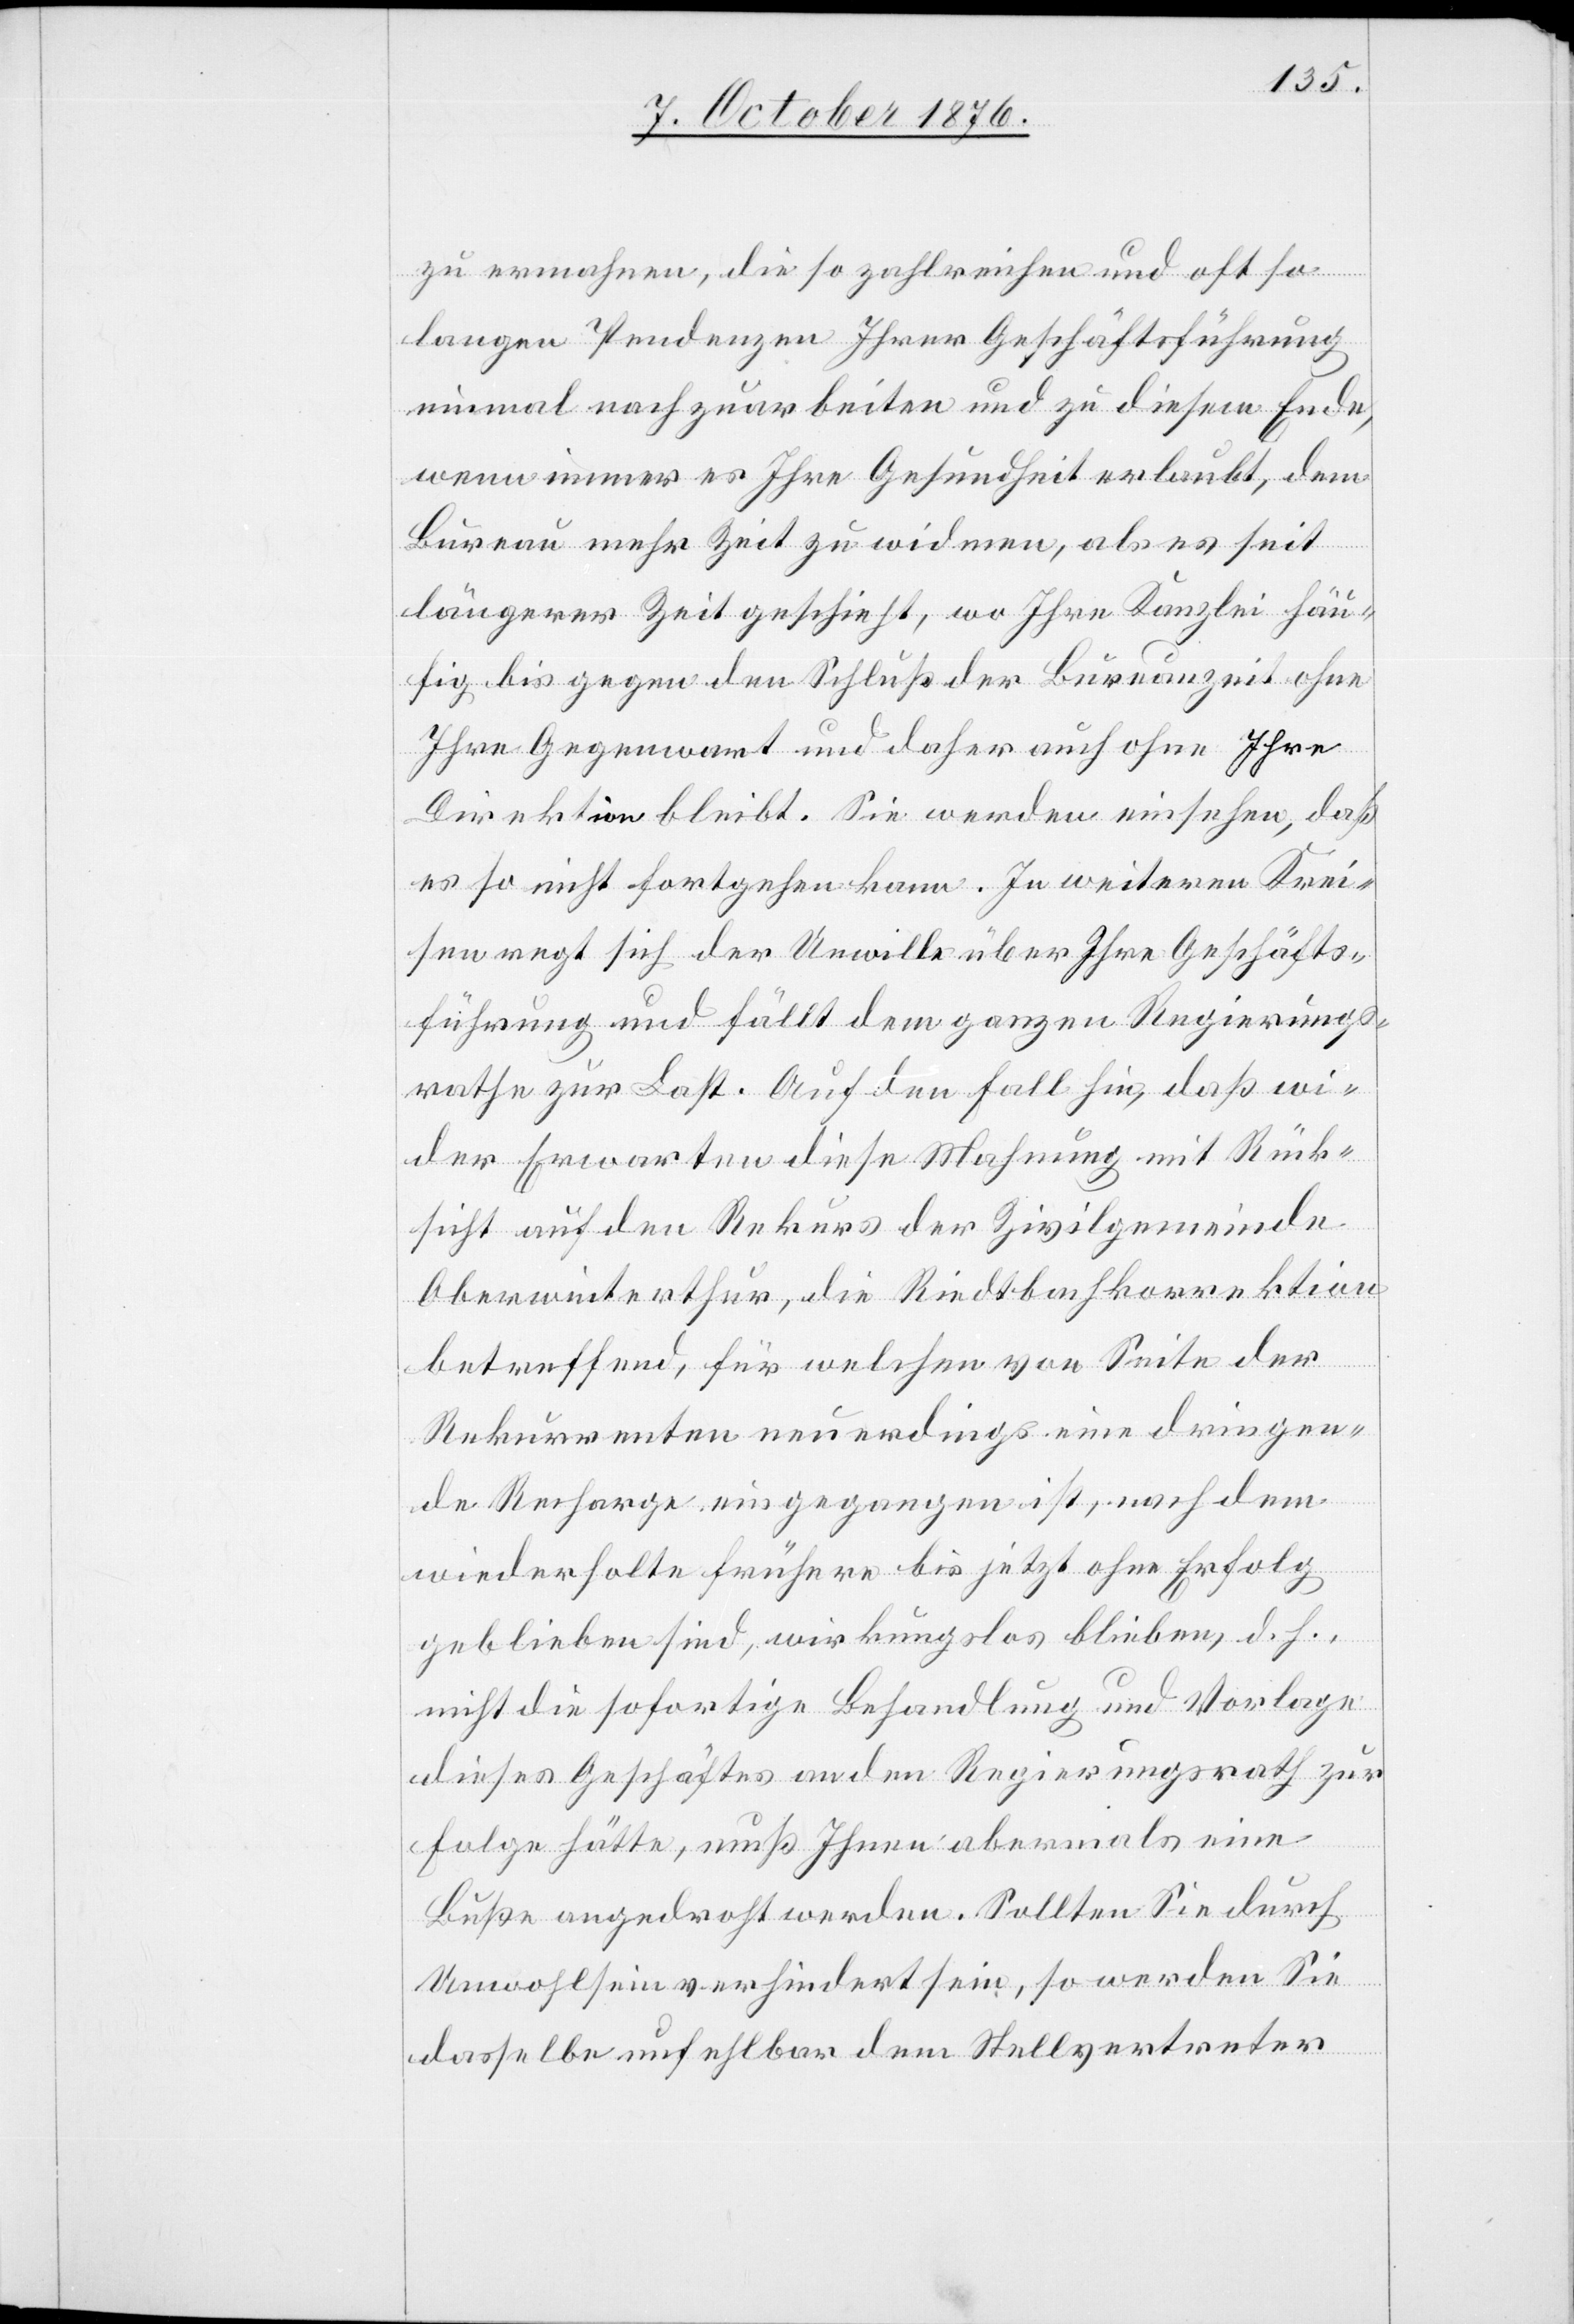
zu ermahnen, die so zahlreichen und oft so
langen Pendenzen Ihrer Geschäftsführung
einmal nachzuarbeiten und zu diesem Ende,
wenn immer es Ihre Gesundheit erlaubt, dem
Bureau mehr Zeit zu widmen, als es seit
längerer Zeit geschieht, wo Ihre Kanzlei häu¬
fig bis gegen den Schluß der Bureauzeit ohne
Ihre Gegenwart und daher auch ohne Ihre
Direktion bleibt. Sie werden einsehen, daß
es so nicht fortgehen kann. In weiteren Krei¬
sen regt sich der Unwille über Ihre Geschäfts¬
führung und fällt dem ganzen Regierungs¬
rathe zur Last. Auf den Fall hin, daß wi¬
der Erwarten diese Mahnung mit Rück¬
sicht auf den Rekurs der Zivilgemeinde
Oberwinterthur, die Riedtbachkorrektion
betreffend, für welchen von Seite der
Rekurrenten neuerdings eine dringen¬
de Recharge eingegangen ist, nach dem
wiederholte frühere bis jetzt ohne Erfolg
geblieben sind, wirkungslos blieben, d. h.,
nicht die sofortige Behandlung und Vorlage
dieses Geschäftes an den Regierungsrath zur
Folge hätte, muß Ihnen abermals eine
Buße angedroht werden. Sollten Sie durch
Unwohlsein verhindert sein, so werden Sie
dasselbe unfehlbar dem Stellvertreter